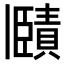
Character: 𧷤